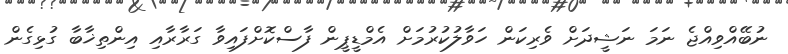
ނުބޭއްވިއްޖެ ނަމަ ނަޝީދަށް ވެރިކަން ހަވާލުކުރުމަށް އެމްޑީޕީން ފާސްކޮށްފައިވާ ގަރާރާއި އިންތިޚާބާ ގުޅިގެން